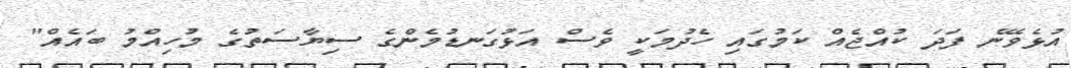
އުޅެވޭނެ ފަދަ ކުއްޖެއް ކަމުގައި ހެދުމަކީ ވެސް އަޅުގަނޑުމެންގެ ސިޔާސަތުގެ މުހިއްމު ބައެއް"